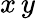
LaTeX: x\, y